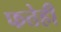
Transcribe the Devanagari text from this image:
फत्तेही